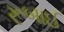
રૂબાઈ